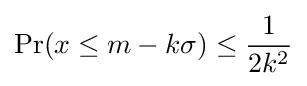
\Pr(x\leq m-k\sigma )\leq {\frac {1}{2k^{2}}}